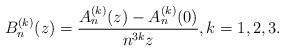
LaTeX: \begin{align*} B_n^{(k)}(z) = \frac{A_n^{(k)}(z) - A_n^{(k)}(0)}{n^{3k}z}, k =1,2,3. \end{align*}